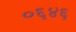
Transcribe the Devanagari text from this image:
०६४६